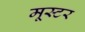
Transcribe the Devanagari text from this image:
मूस्टर